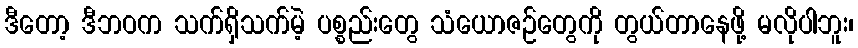
ဒီတော့ ဒီဘဝက သက်ရှိသက်မဲ့ ပစ္စည်းတွေ သံယောဇဉ်တွေကို တွယ်တာနေဖို့ မလိုပါဘူး၊